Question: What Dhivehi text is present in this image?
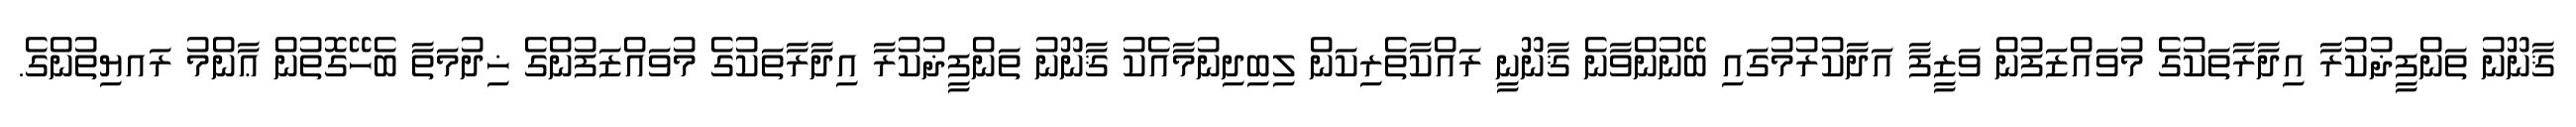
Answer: ޤާނޫނު ތަންފީޛުކުރާ އިދާރާތަކުގެ މުވައްޒަފުން ވަޒީފާ އަދާކުރުމުގައި ބޭނުންވާނެ ޤާނޫނީ ރައްކާތެރިކަން ލިބިދިނުމާއެކު ޤާނޫނު ތަންފީޛުކުރާ އިދާރާތަކުގެ މުވައްޒަފުންގެ ޚިދުމަތާ ބެހޭގޮތުން ޢާންމު ރައޔިތުންގެ.